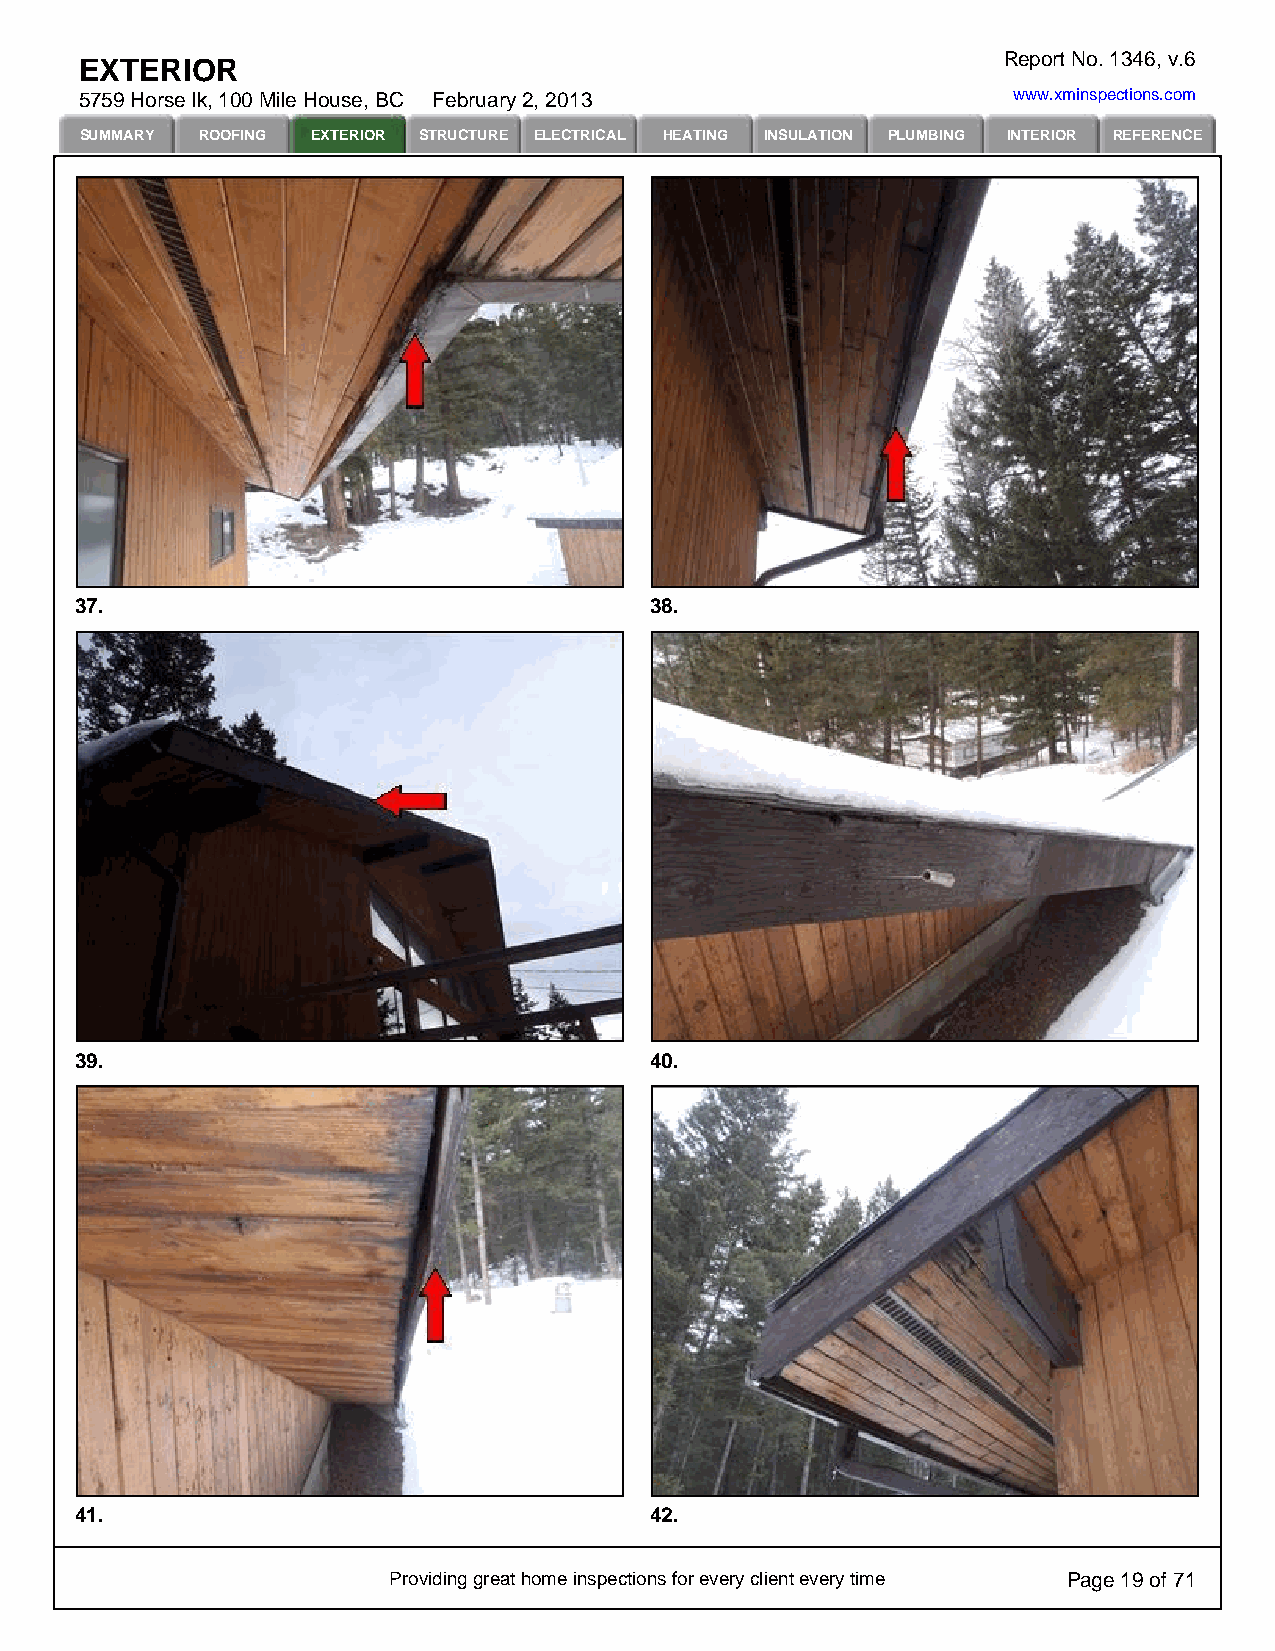
Report No. 1346, v.6
 EXTERIOR
 5759 Horse lk, 100 Mile House, BC February 2, 2013            www.xminspections.com
 SUMMARY ROOFING EXTERIOR STRUCTURE ELECTRICAL HEATING INSULATION PLUMBING INTERIOR REFERENCE
 37.                                   38.
 39.                                   40.
 41.                                   42.
 Providing great home inspections for every client every time Page 19 of 71